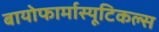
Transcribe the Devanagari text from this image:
बायोफार्मास्यूटिकल्स